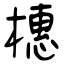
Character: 橞